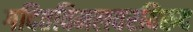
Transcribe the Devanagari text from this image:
गदितविमलवरविरुद